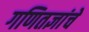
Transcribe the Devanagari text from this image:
गणितज्ञांचे